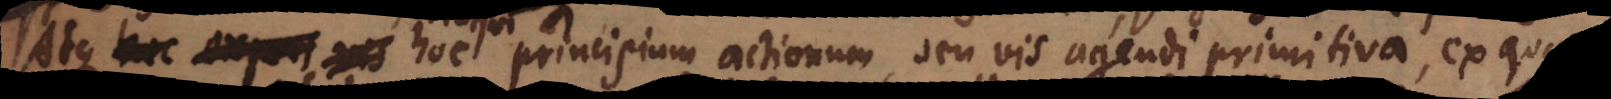
plures. Atque hoc principium actionum, seu vis agendi primitiva, ex qua